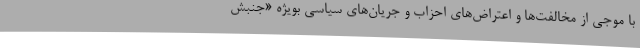
با موجی از مخالفت‌ها و اعتراض‌های احزاب و جریان‌های سیاسی بویژه «جنبش